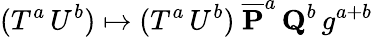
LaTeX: (T^{a}\, U^{b})\mapsto(T^{a}\, U^{b})\ {\overline{{{{\mathbf P}}}}}^{a}\, {\mathbf Q}^{b}\, g^{a+b}